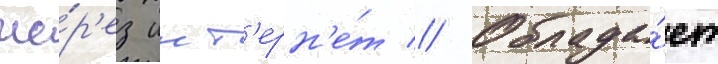
че́р'ез инт'ерн'е́т // Облада́ет